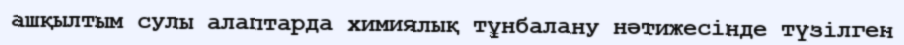
ашқылтым сулы алаптарда химиялық тұнбалану нәтижесінде түзілген